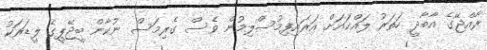
ރާއްޖޭގެ އާބާދީ ހަތަރު ލައްކައަށް އަރައިފިމުސްލިމުން ވެސް ގެރިމަސް ނުކާން ބީޖޭޕީގެ ލީޑަރަކު